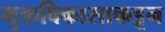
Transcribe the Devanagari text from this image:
मुक्तविकासाकडून